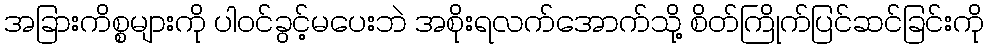
အခြားကိစ္စများကို ပါဝင်ခွင့်မပေးဘဲ အစိုးရလက်အောက်သို့ စိတ်ကြိုက်ပြင်ဆင်ခြင်းကို